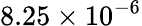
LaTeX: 8.25\times 10^{-6}